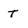
Character: t